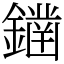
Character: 𨬭